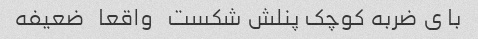
با ی ضربه کوچک پنلش شکست   واقعا   ضعیفه